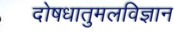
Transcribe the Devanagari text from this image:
दोषधातुमलविज्ञान